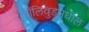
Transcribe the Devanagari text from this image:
बॉलिवुडमधील